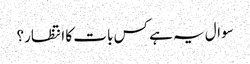
سوال یہ ہے کس بات کا انتظار؟